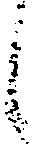
候